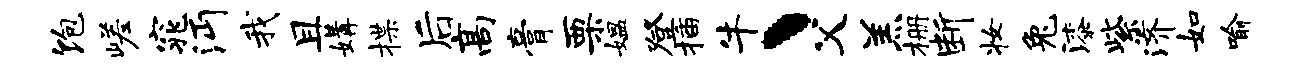
饱嵯窕沔我且媾揲后高膏栗媪登插牛丶父羔栅断妆兔漆紫济如喻